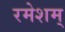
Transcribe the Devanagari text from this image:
रमेशम्